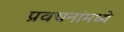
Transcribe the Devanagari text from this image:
प्रवचनांमध्ये